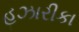
હઝારીકા